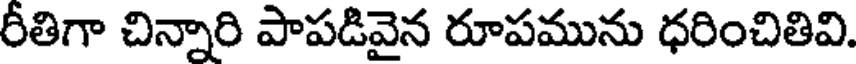
రీతిగా చిన్నారి పాపడివైన రూపమును ధరించితివి.